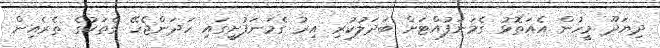
ދިޔަދޫ މީހުން އެއަތޮޅު ގެމަނަފުއްޓަށް ބަދަލުކުރި އިރު ގެމަނަފުށީގައި ހަދަންޖެހޭ ގެތަކުގެ ތެރެއިން